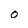
Character: 0